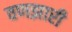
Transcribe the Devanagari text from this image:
वणझारी